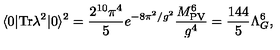
\langle 0 | \mathrm { T r } \lambda ^ { 2 } | 0 \rangle ^ { 2 } = \frac { 2 ^ { 1 0 } \pi ^ { 4 } } { 5 } e ^ { - 8 \pi ^ { 2 } / g ^ { 2 } } \frac { M _ { \mathrm { P V } } ^ { 6 } } { g ^ { 4 } } = \frac { 1 4 4 } { 5 } \Lambda _ { G } ^ { 6 } ,